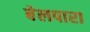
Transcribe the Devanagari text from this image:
बेलपारा